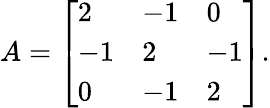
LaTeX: A={\left[\begin{array}{lll}{2}&{-1}&{0}\\ {-1}&{2}&{-1}\\ {0}&{-1}&{2}\end{array}\right]}.